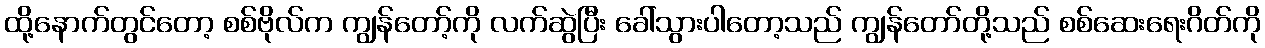
ထို့နောက်တွင်တော့ စစ်ဗိုလ်က ကျွန်တော့်ကို လက်ဆွဲပြီး ခေါ်သွားပါတော့သည် ကျွန်တော်တို့သည် စစ်ဆေးရေးဂိတ်ကို